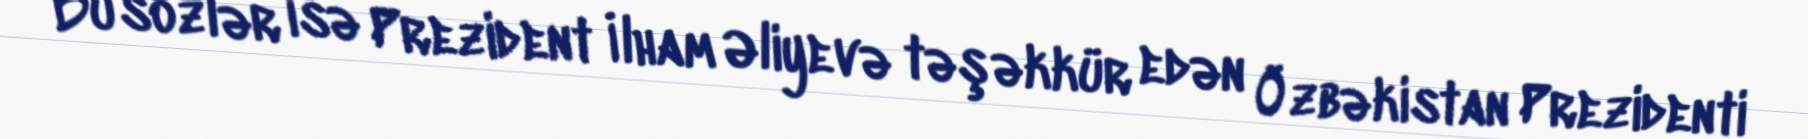
Bu sözlər isə Prezident İlham Əliyevə təşəkkür edən Özbəkistan Prezidenti